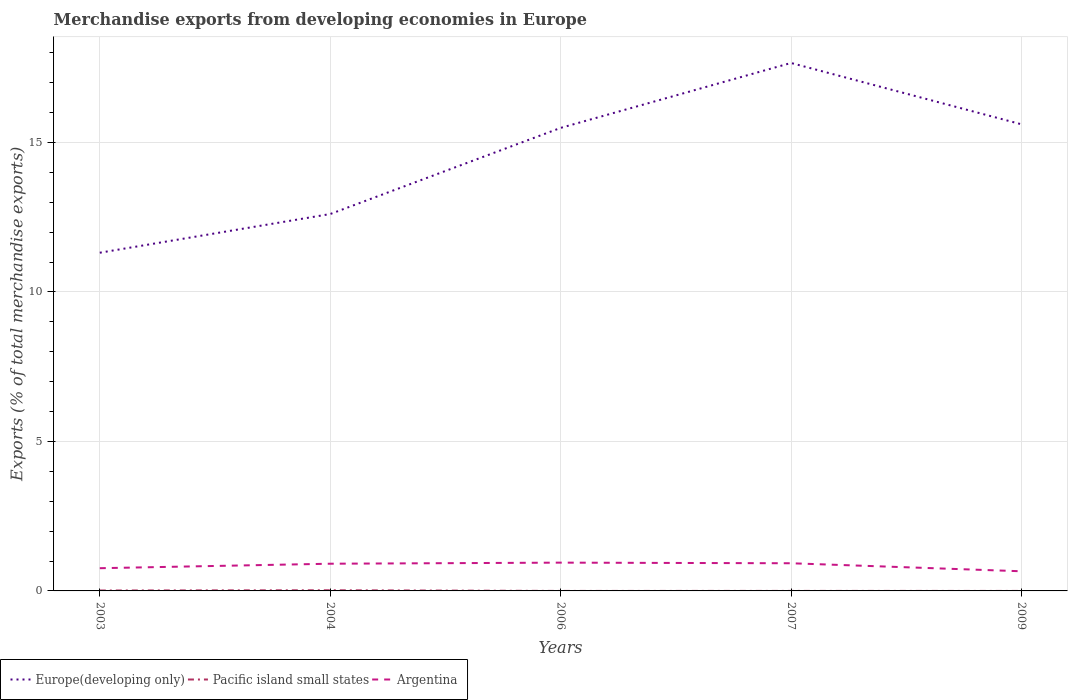
| Years | Europe(developing only) | Pacific island small states | Argentina |
 | --- | --- | --- | --- |
 | 2003 | 11.3 | 0.0139 | 0.76 |
 | 2004 | 12.6 | 0.0221 | 0.91 |
 | 2006 | 15.5 | 1.16e-05 | 0.946 |
 | 2007 | 17.7 | 0.000447 | 0.925 |
 | 2009 | 15.6 | 0.00011 | 0.657 |